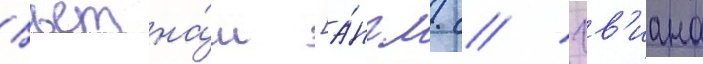
Вьетна́м [а́нгл. // Гв'иана